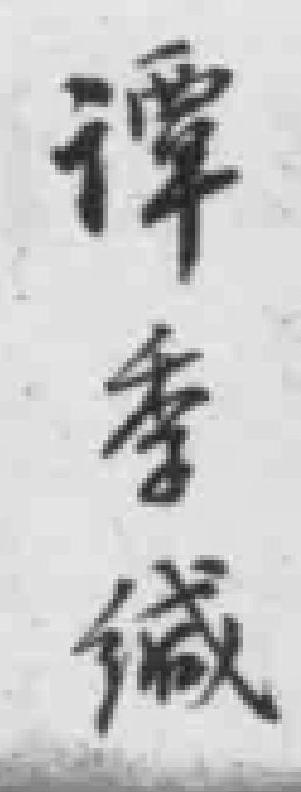
谭季缄